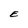
Character: E